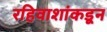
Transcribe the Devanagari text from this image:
रहिवाशांकडून